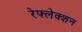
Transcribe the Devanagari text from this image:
रेफ्लेक्शन